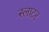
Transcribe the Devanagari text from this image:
स्लाटर